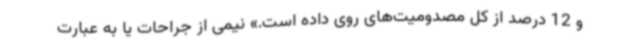
و 12 درصد از کل مصدومیت‌های روی داده است.» نیمی از جراحات یا به عبارت